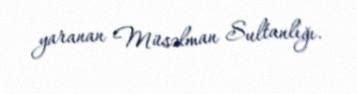
yaranan Müsəlman Sultanlığı.